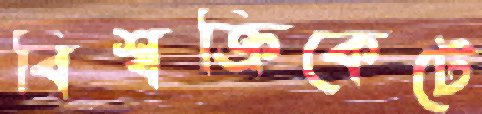
বিশ্বক্রিকেটে